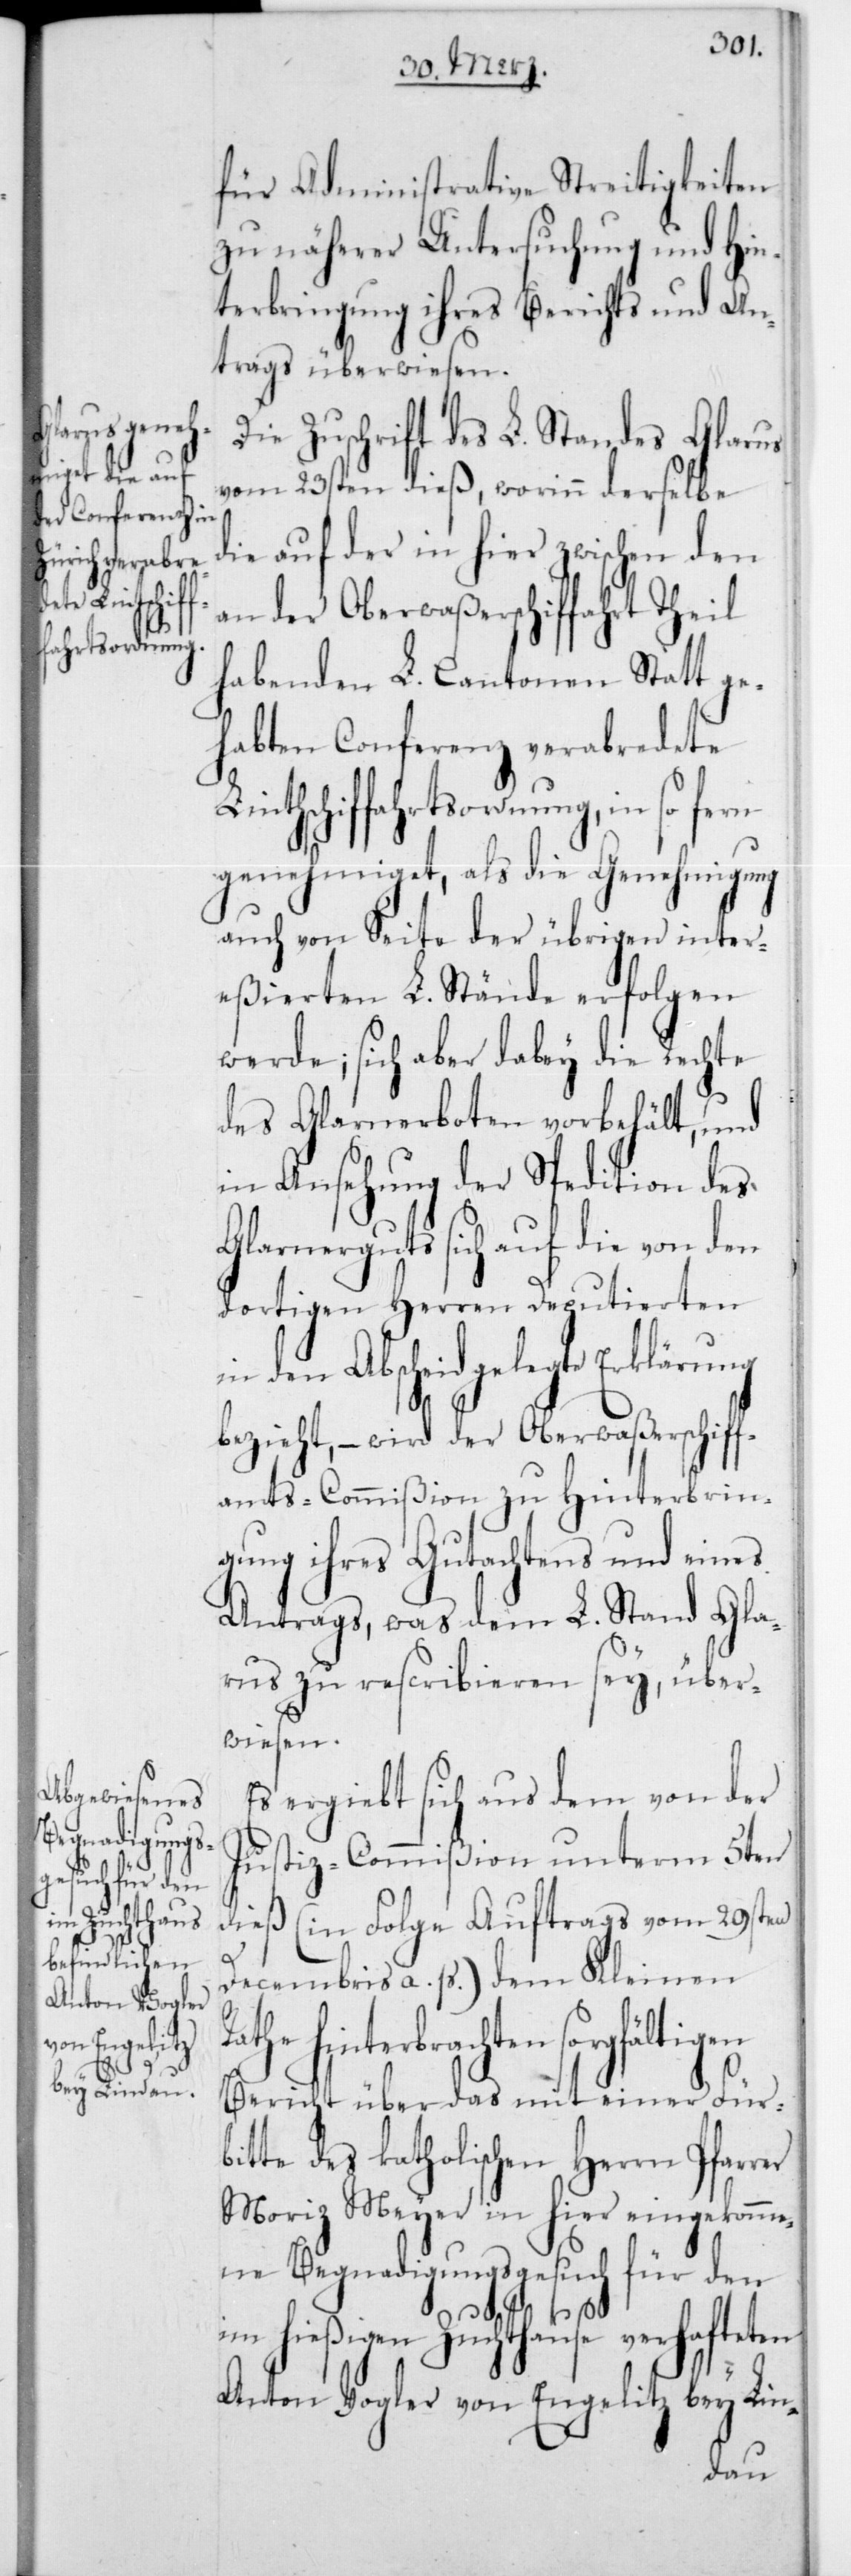
er

für Administrative Streitigkeiten
zu näherer Untersuchung und Hin¬
terbringung ihres Berichts und An¬
trags überwiesen.
Die Zuschrift des L. Standes Glarus
vom 23sten dieß, worinn derselbe
die auf der in hier zwischen den
an der Oberwaßerschiffahrt Theil
habenden L. Cantonen Statt ge¬
habten Conferenz verabredete
Linthschiffahrtsordnung, in so fern
genehmiget, als die Genehmigung
auch von Seite der übrigen inter¬
eßierten L. Stände erfolgen
werde; sich aber dabey die Rechte
des Glarnerboten vorbehält, und
in Ansehung der Spedition des
Glarnerguts sich auf die von den
dortigen Herren Deputierten
in den Abscheid gelegte Erklärung
bezieht, – wird der Oberwaßerschiff¬
amts-Commißion zu Hinterbrin¬
gung ihres Gutachtens und eines
Antrags, was dem L. Stand Gla¬
rus zu rescribieren sey, über¬
wiesen.
Es ergibt sich aus dem von der
Justiz-Commißion unterm 5ten
dieß (in Folge Auftrags vom 29sten
Decembris a. p.) dem Kleinen
athe hinterbrachten sorgfälti¬
Bericht über das mit einer Fürb¬
itte des katholischen Herrn Pfarr¬
Moriz Meyer in hier eingekomme¬
ne Begnadigungsgesuch für den
im hießigen Zuchthause verhafteten
Anton Vogler von Engelitz bey Lin-